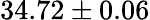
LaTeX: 34.72\pm 0.06